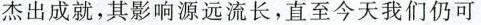
杰出成就，其影响源远流长，直至今天我们仍可